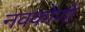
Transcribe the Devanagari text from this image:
नवकोणों